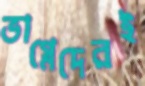
ভাগ্নেদেরই